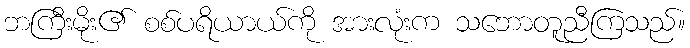
ဘကြီးမိုး၏ စစ်ပရိယာယ်ကို အားလုံးက သဘောတူညီကြသည်။